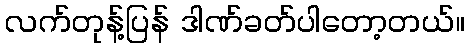
လက်တုန့်ပြန် ဒါဏ်ခတ်ပါတော့တယ်။